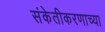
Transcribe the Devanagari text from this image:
संकेतीकरणाच्या